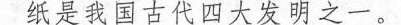
纸是我国古代四大发明之一。